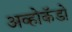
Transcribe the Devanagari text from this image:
अव्होकॅडो